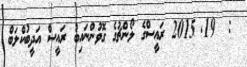
:  19